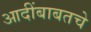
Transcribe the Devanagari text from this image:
आदींबाबतचे